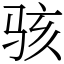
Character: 骇